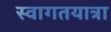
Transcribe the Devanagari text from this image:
स्वागतयात्रा